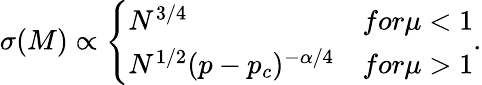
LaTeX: \sigma(M)\propto\left\{ \begin{array}{ll}{N^{3/4}}&{for\mu<1}\\ {N^{1/2}(p-p_{c})^{-\alpha/4}}&{for\mu>1}\end{array}\right..